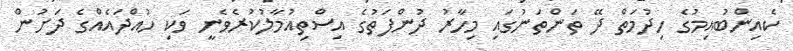
ކެއިންބުއިމުގެ ހިދުމަތް ދޭ ތަންތަނުގައި މިހާރު ދުންފަތުގެ އިސްތިއުމާލުކުރެވެނީ ވަކި ހުއްދައެއްގެ ދަށުން